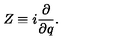
Z \equiv i \frac { \partial } { \partial q } .